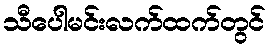
သီပေါမင်းလက်ထက်တွင်